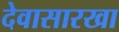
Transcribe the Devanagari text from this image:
देवासारखा